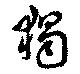
独